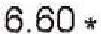
6.60 *